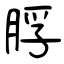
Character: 脬